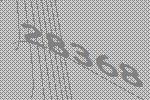
28368